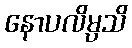
နောပလိမ္ပသိ